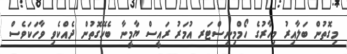
މިގޮތުން ބަލާއިރު މިހާރުގެ ހޯމްމިނިސްޓަރ އުމަރު ރައީސް ޔާމީނާ ބެހޭގޮތުން ދެއްކެވި ވާހަކަވެސް